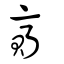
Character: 賷